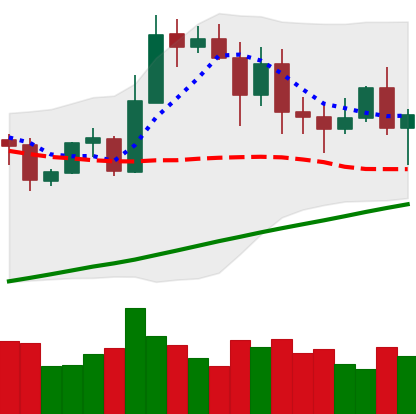
Ticker: ETH-USD
Chart end date: 2020-11-03
Forward return: 17.015%
Label: up_7plus